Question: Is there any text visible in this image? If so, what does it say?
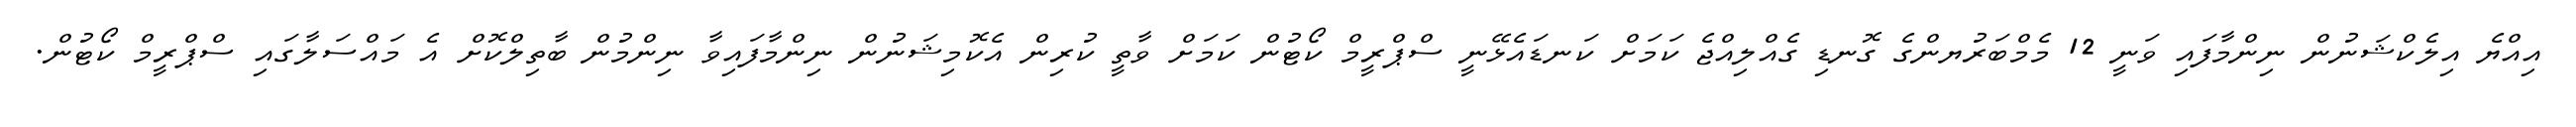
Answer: އިއްޔެ އިލެކްޝަނުން ނިންމާފައި ވަނީ 12 މެމްބަރުޔންގެ ގޮނޑި ގެއްލިއްޖެ ކަމަށް ކަނޑައެޅޭނީ ސްޕްރީމް ކޯޓުން ކަމަށް ވާތީ ކުރިން އެކޮމިޝަނުން ނިންމާފައިވާ ނިންމުން ބާތިލްކޮށް އެ މައްސަލާގައި ސްޕްރީމް ކޯޓުން.